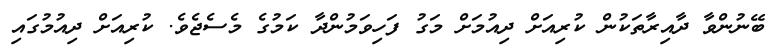
ބޭނުންވާ ދާއިރާތަކުން ކުރިއަށް ދިއުމަށް މަގު ފަހިވަމުންދާ ކަމުގެ މެސެޖެވެ. ކުރިއަށް ދިއުމުގައި